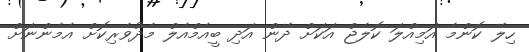
ހިލޭ ކޮންމެ އަމިއްލަ ކޮލެޖް އަކަށް ދޭން އަދި ބީއެމްއެލް މެދުވެރިކޮށް އެމެންނަށް